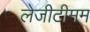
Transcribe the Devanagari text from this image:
लेजीटीमम